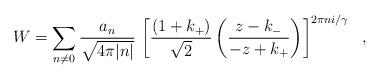
LaTeX: \begin{align*}W = \sum_{n\ne0} \frac{a_n}{\sqrt{4\pi|n|}} \, \left[\frac{(1 + k_+)}{\sqrt{2}}\left( \frac{z - k_-}{-z + k_+} \right) \right]^{2\pi n i/\gamma}\ \ ,\end{align*}